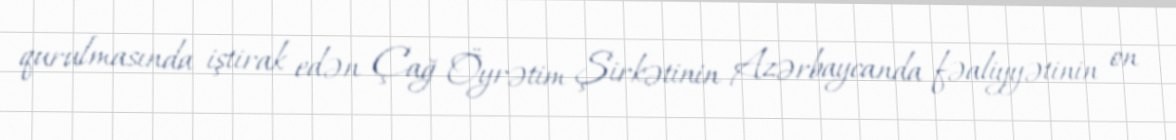
qurulmasında iştirak edən Çağ Öyrətim Şirkətinin Azərbaycanda fəaliyyətinin on